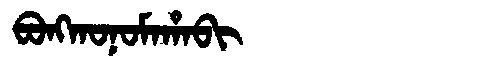
Manchu: ᠪᠣᠩᡴᠣᠨᠣᠮᠠᡥᠠᠪᡳ
Romanization: BONGKONOMAHABI